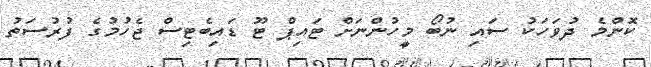
ކޮންމެ ދުވަހަކު ސައި ނުބޯ މީހުންނަށް ޓައިޕް ޓޫ ޑައިބެޓިސް ޖެހުމުގެ ފުރުސަތު